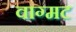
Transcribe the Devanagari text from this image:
वाग्मट